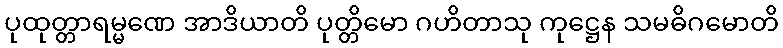
ပုထုတ္တာရမ္မဏေ အာဒိယာတိ ပုတ္တိမော ဂဟိတာသု ကုဋ္ဌေန သမဓိဂမောတိ